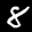
Label: 8